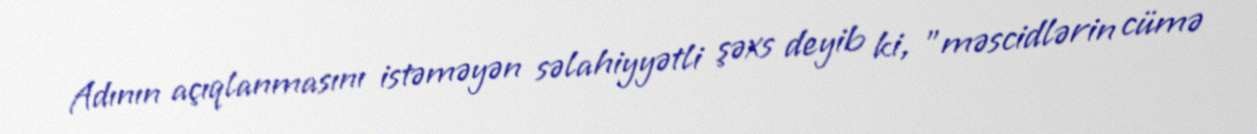
Adının açıqlanmasını istəməyən səlahiyyətli şəxs deyib ki, "məscidlərin cümə